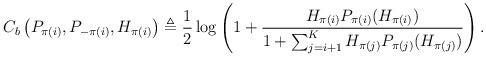
LaTeX: \begin{align*} C_b\left(P_{\pi(i)},P_{-\pi(i)},H_{\pi(i)}\right)\triangleq \frac{1}{2}\log\left(1+\frac{H_{\pi(i)}P_{\pi(i)}(H_{\pi(i)})}{1+\sum_{j=i+1}^K H_{\pi(j)}P_{\pi(j)}(H_{\pi(j)})}\right). \end{align*}